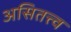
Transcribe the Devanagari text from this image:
असितत्त्व